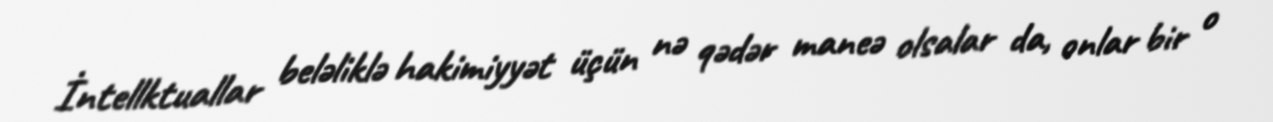
İntellktuallar beləliklə hakimiyyət üçün nə qədər maneə olsalar da, onlar bir o